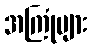
အကြုံများ